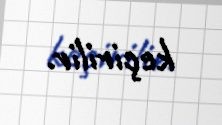
keçirilir.